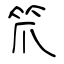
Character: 笊